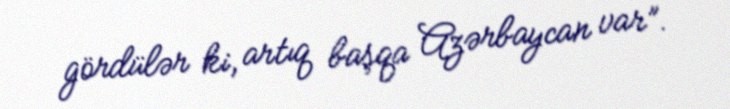
gördülər ki, artıq başqa Azərbaycan var”.